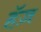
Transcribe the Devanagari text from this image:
हॅज़